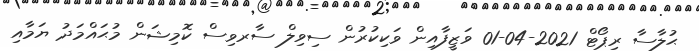
ޙުލާސާ ރިޕޯޓް 2021-04-01 ވަޒީފާއިން ވަކިކުރުން ސިވިލް ސާރވިސް ކޮމިޝަން މުޙައްމަދު ޔަމާއި